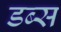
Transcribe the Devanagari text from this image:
डब्स